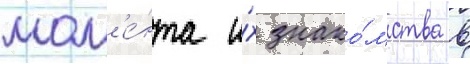
мом'е́нта и́х знако́мства в